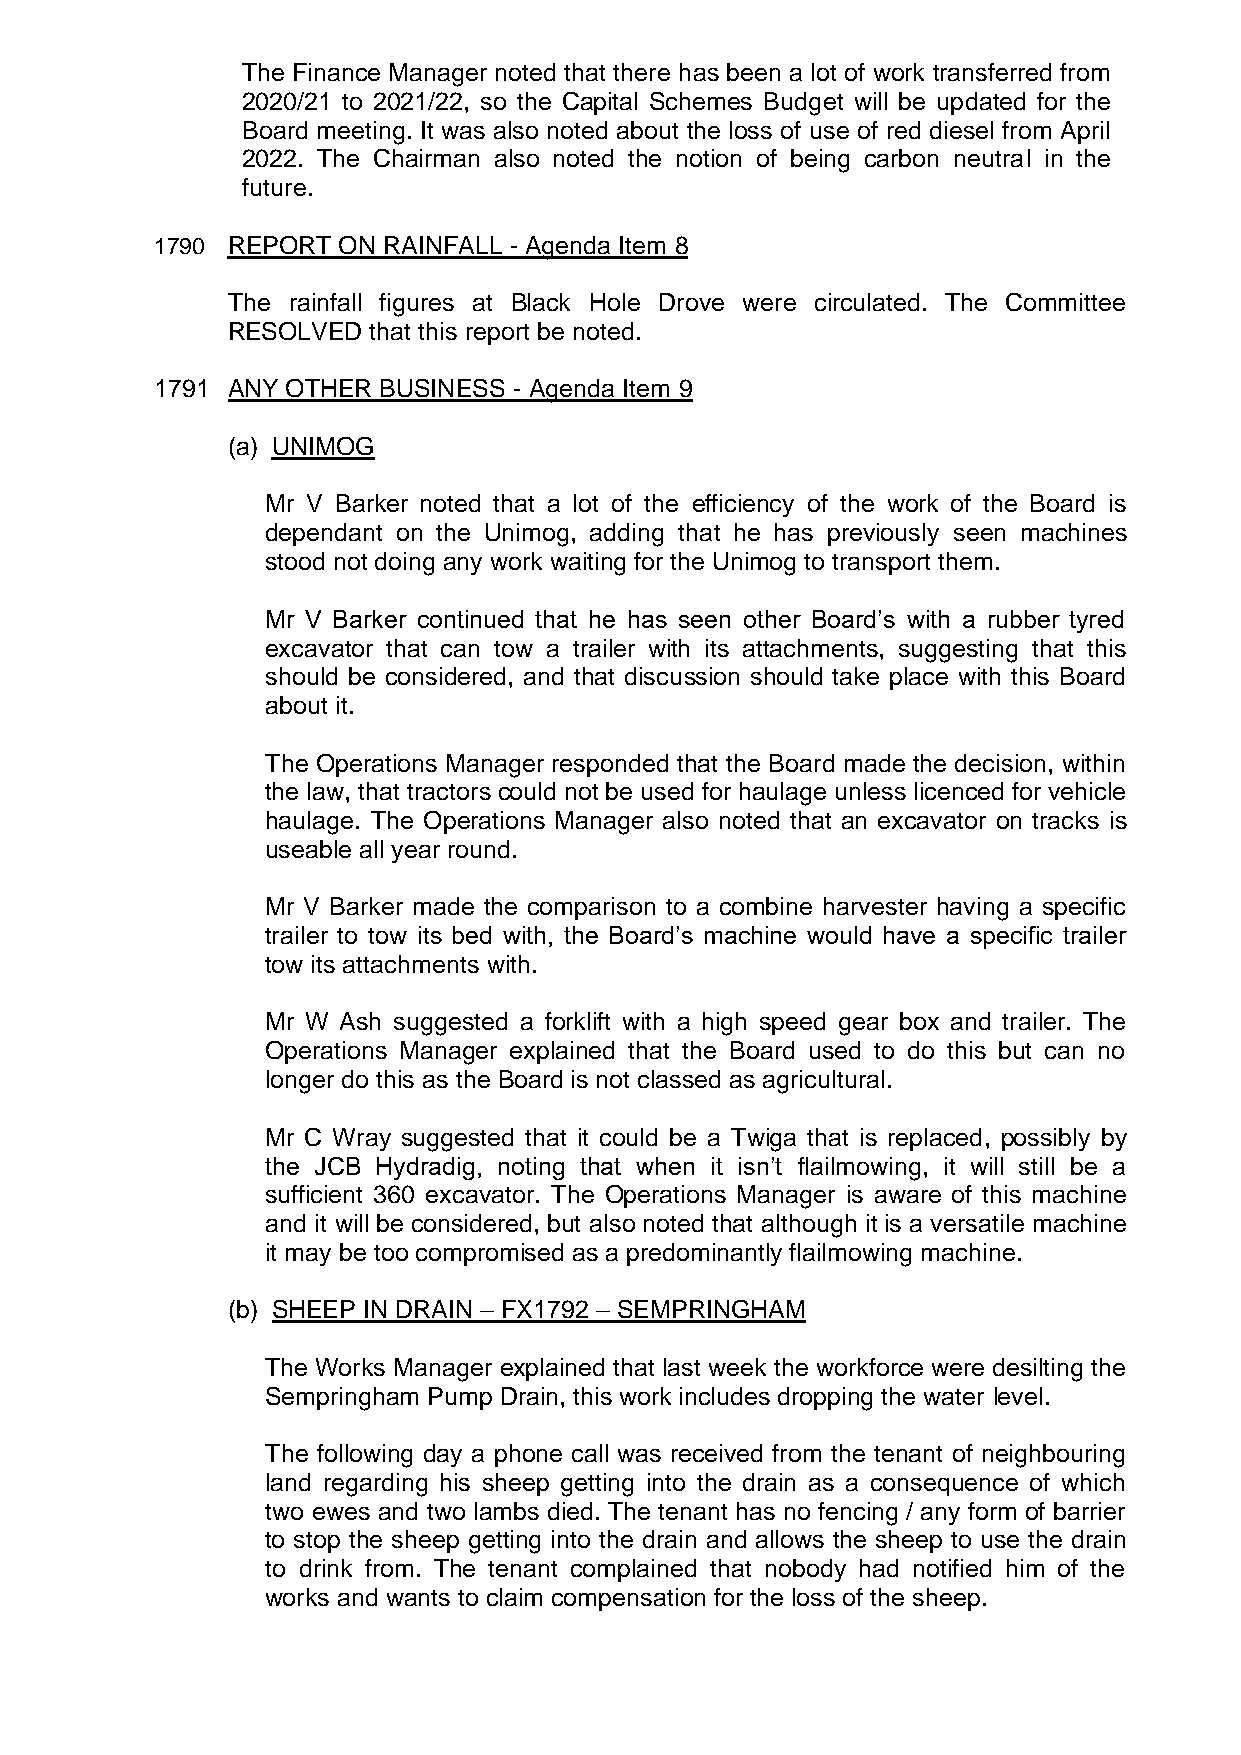
The Finance Manager noted that there has been a lot of work transferred from
 2020/21 to 2021/22, so the Capital Schemes Budget will be updated for the
 Board meeting. It was also noted about the loss of use of red diesel from April
 2022. The Chairman also noted the notion of being carbon neutral in the
 future.
 1790 REPORT ON RAINFALL - Agenda Item 8
 The rainfall figures at Black Hole Drove were circulated. The Committee
 RESOLVED  that this report be noted.
 1791 ANY OTHER BUSINESS - Agenda Item 9
 (a) UNIMOG
 Mr V Barker noted that a lot of the efficiency of the work of the Board is
 dependant on the Unimog, adding that he has previously seen machines
 stood not doing any work waiting for the Unimog to transport them.
 Mr V Barker continued that he has seen other Board’s with a rubber tyred
 excavator that can tow a trailer with its attachments, suggesting that this
 should be considered, and that discussion should take place with this Board
 about it.
 The Operations Manager responded that the Board made the decision, within
 the law, that tractors could not be used for haulage unless licenced for vehicle
 haulage. The Operations Manager also noted that an excavator on tracks is
 useable all year round.
 Mr V Barker made the comparison to a combine harvester having a specific
 trailer to tow its bed with, the Board’s machine would have a specific trailer
 tow its attachments with.
 Mr W Ash suggested a forklift with a high speed gear box and trailer. The
 Operations Manager explained that the Board used to do this but can no
 longer do this as the Board is not classed as agricultural.
 Mr C Wray suggested that it could be a Twiga that is replaced, possibly by
 the JCB Hydradig, noting that when it isn’t flailmowing, it will still be a
 sufficient 360 excavator. The Operations Manager is aware of this machine
 and it will be considered, but also noted that although it is a versatile machine
 it may be too compromised as a predominantly flailmowing machine.
 (b) SHEEP IN DRAIN – FX1792 – SEMPRINGHAM
 The Works Manager explained that last week the workforce were desilting the
 Sempringham Pump Drain, this work includes dropping the water level.
 The following day a phone call was received from the tenant of neighbouring
 land regarding his sheep getting into the drain as a consequence of which
 two ewes and two lambs died. The tenant has no fencing / any form of barrier
 to stop the sheep getting into the drain and allows the sheep to use the drain
 to drink from. The tenant complained that nobody had notified him of the
 works and wants to claim compensation for the loss of the sheep.